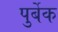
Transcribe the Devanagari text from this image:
पुर्बेक